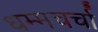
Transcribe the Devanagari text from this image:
धम्मचर्चा